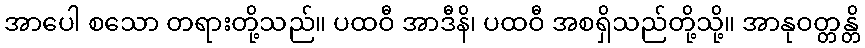
အာပေါ စသော တရားတို့သည်။ ပထဝီ အာဒီနိ၊ ပထဝီ အစရှိသည်တို့သို့။ အာနုဝတ္တန္တိ